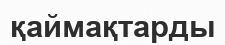
қаймақтарды